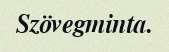
Szövegminta.